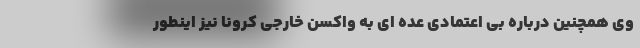
وی همچنین درباره بی اعتمادی عده ای به واکسن خارجی کرونا نیز اینطور